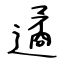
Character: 遹